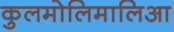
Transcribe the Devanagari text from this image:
कुलमोलिमालिआ